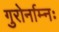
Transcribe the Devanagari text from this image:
गुरोर्नाम्नः